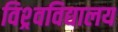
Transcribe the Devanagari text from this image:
विश्र्वविद्यालय